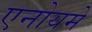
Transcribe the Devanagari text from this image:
एनोयमे